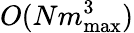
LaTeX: O(Nm_{\operatorname*{max}}^{3})